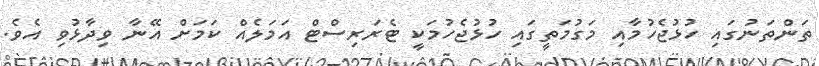
ތަންތަނުގައި ހުޅުޖެހުމާއި މަގުމަތީގައި ހުޅުޖެހުމަކީ ޓެރަރިސްޓް އަމަލެއް ކަމަށް އޭނާ ވިދާޅުވި އެވެ.